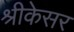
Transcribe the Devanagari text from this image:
श्रीकेसर